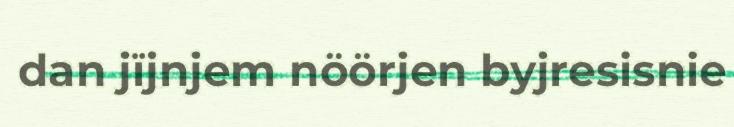
dan jïjnjem nöörjen byjresisnie